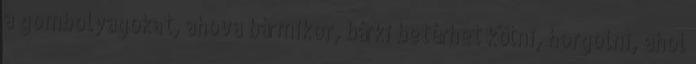
a gombolyagokat, ahova bármikor, bárki betérhet kötni, horgolni, ahol